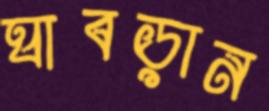
ঘাবড়ান